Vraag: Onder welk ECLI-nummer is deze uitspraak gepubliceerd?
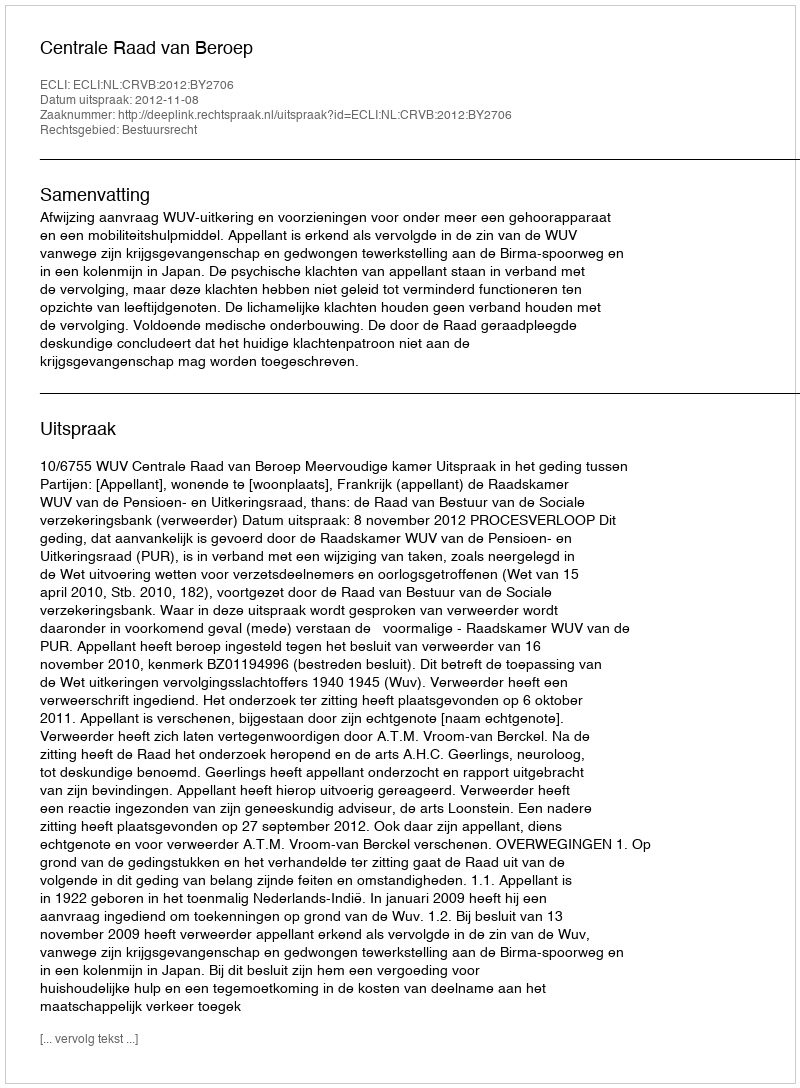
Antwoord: ECLI:NL:CRVB:2012:BY2706